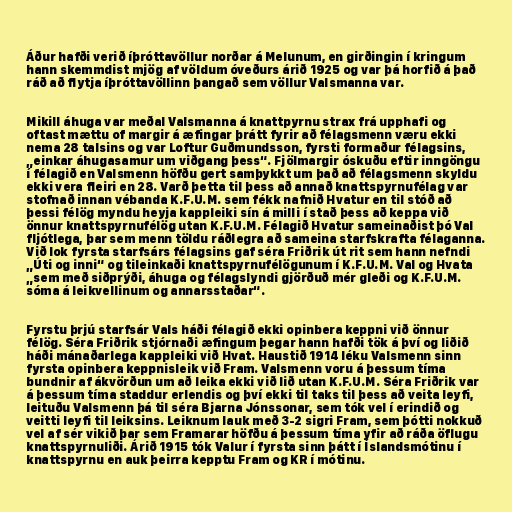
Áður hafði verið íþróttavöllur norðar á Melunum, en girðingin í kringum
hann skemmdist mjög af völdum óveðurs árið 1925 og var þá horfið á það
ráð að flytja íþróttavöllinn þangað sem völlur Valsmanna var.

Mikill áhuga var meðal Valsmanna á knattpyrnu strax frá upphafi og
oftast mættu of margir á æfingar þrátt fyrir að félagsmenn væru ekki
nema 28 talsins og var Loftur Guðmundsson, fyrsti formaður félagsins,
„einkar áhugasamur um viðgang þess“. Fjölmargir óskuðu eftir inngöngu
í félagið en Valsmenn höfðu gert samþykkt um það að félagsmenn skyldu
ekki vera fleiri en 28. Varð þetta til þess að annað knattspyrnufélag var
stofnað innan vébanda K.F.U.M. sem fékk nafnið Hvatur en til stóð að
þessi félög myndu heyja kappleiki sín á milli í stað þess að keppa við
önnur knattspyrnufélög utan K.F.U.M. Félagið Hvatur sameinaðist þó Val
fljótlega, þar sem menn töldu ráðlegra að sameina starfskrafta félaganna.
Við lok fyrsta starfsárs félagsins gaf séra Friðrik út rit sem hann nefndi
„Úti og inni“ og tileinkaði knattspyrnufélögunum í K.F.U.M. Val og Hvata
„sem með siðprýði, áhuga og félagslyndi gjörðuð mér gleði og K.F.U.M.
sóma á leikvellinum og annarsstaðar“.

Fyrstu þrjú starfsár Vals háði félagið ekki opinbera keppni við önnur
félög. Séra Friðrik stjórnaði æfingum þegar hann hafði tök á því og liðið
háði mánaðarlega kappleiki við Hvat. Haustið 1914 léku Valsmenn sinn
fyrsta opinbera keppnisleik við Fram. Valsmenn voru á þessum tíma
bundnir af ákvörðun um að leika ekki við lið utan K.F.U.M. Séra Friðrik var
á þessum tíma staddur erlendis og því ekki til taks til þess að veita leyfi,
leituðu Valsmenn þá til séra Bjarna Jónssonar, sem tók vel í erindið og
veitti leyfi til leiksins. Leiknum lauk með 3-2 sigri Fram, sem þótti nokkuð
vel af sér vikið þar sem Framarar höfðu á þessum tíma yfir að ráða öflugu
knattspyrnuliði. Árið 1915 tók Valur í fyrsta sinn þátt í Íslandsmótinu í
knattspyrnu en auk þeirra kepptu Fram og KR í mótinu.